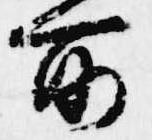
所